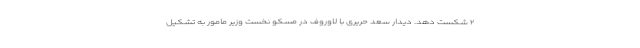
۲ شکست دهد. دیدار سعد حریری با لاوروف در مسکو نخست وزیر مامور به تشکیل